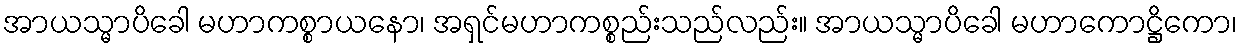
အာယသ္မာပိခေါ မဟာကစ္စာယနော၊ အရှင်မဟာကစ္စည်းသည်လည်း။ အာယသ္မာပိခေါ မဟာကောဋ္ဌိကော၊